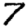
Digit: 7